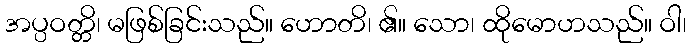
အပ္ပဝတ္တိ၊ မဖြစ်ခြင်းသည်။ ဟောတိ၊ ၏။ သော၊ ထိုမောဟသည်။ ဝါ၊